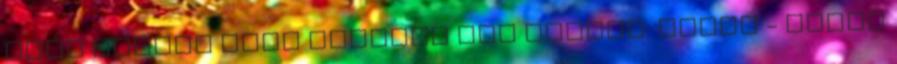
Todd Bryant Volt egyszer egy Mexikó: Elnök - Pedro